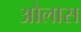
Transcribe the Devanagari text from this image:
ओलास